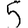
Digit: 5